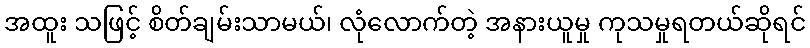
အထူး သဖြင့် စိတ်ချမ်းသာမယ်၊ လုံလောက်တဲ့ အနားယူမှု ကုသမှုရတယ်ဆိုရင်